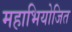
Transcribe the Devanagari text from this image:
महाभियोजित